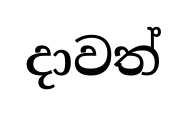
දාවත්